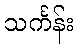
သင်္ကန်း